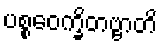
ပစ္စဝေက္ခိတဗ္ဗာတိ